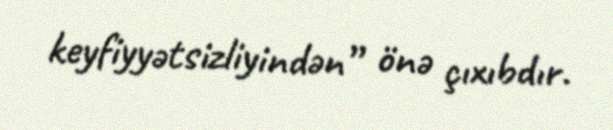
keyfiyyətsizliyindən” önə çıxıbdır.